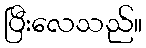
ပြီးလေသည်။